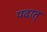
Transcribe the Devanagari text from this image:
पदात्